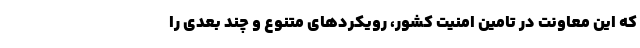
که این معاونت در تامین امنیت کشور، رویکرد‌های متنوع و چند بعدی را